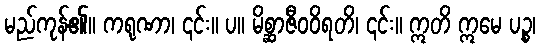
မည်ကုန်၏။ ကရုဏာ၊ ၎င်း။ ပ။ မိစ္ဆာဇီဝဝိရတိ၊ ၎င်း။ ဣတိ ဣမေ ပဉ္စ၊